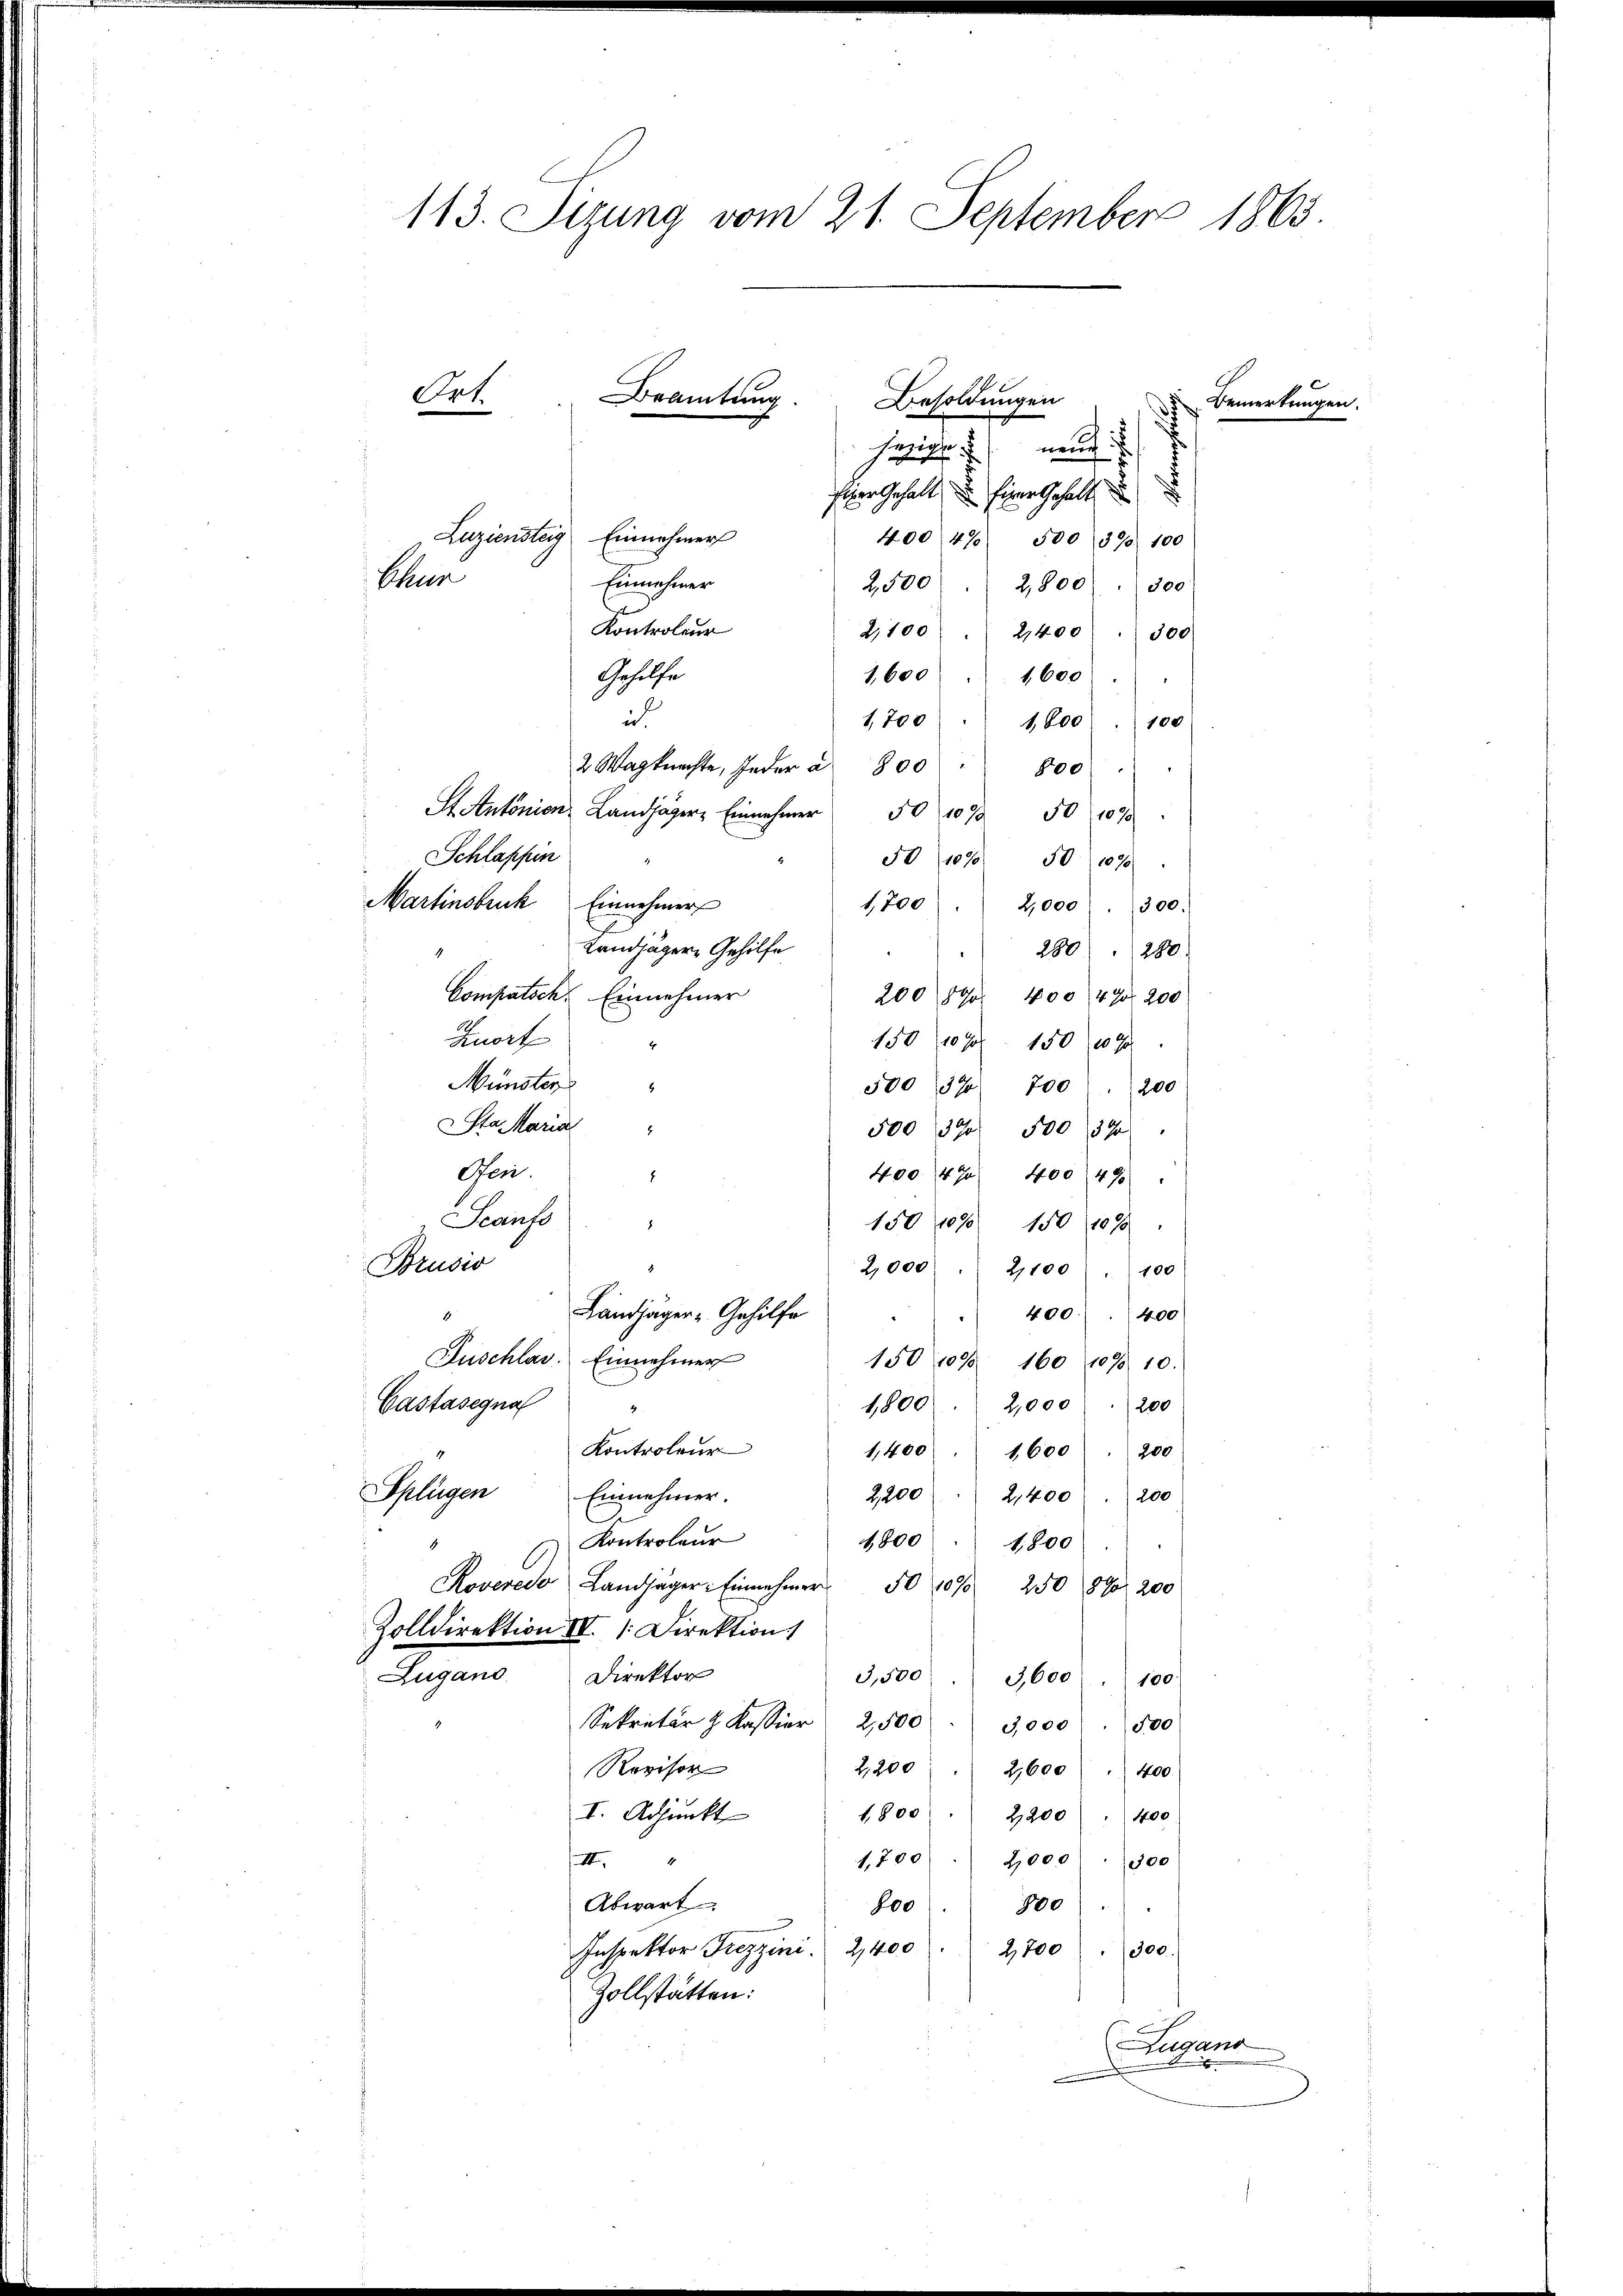
113. Sizung vom 21. September 1863.
Ort.
Beamtung.
Besoldungen
 Bemerkungen.
nen:
hezige

Eier Gehalt u. Einer Gehalt
Luziensteig Einnehmer
400 470 500 370. 100
Chun
Einnehmer
2,500
2,800
300
Kontroleur
2,100 " 2400 " 300
Gehilfe
1,600  1600
i
100
1,700 : 1,600
2 Wagkrachte, Inder a 800 " 800
St. Antonion Landjäger Einnehmer 50 1093 50 1890
Schlaffin
50 (1090 50 (1090
Martinsbruck Einnehmer
1,700
2,000. 300.
Landjäger Gehilfe
280 280
Compatsch. Einnehmer
200 890. 400 47. 200
Fort
150 (10 f 150 (1090
4
Münster
50032 700) 200
Sta Maria
500 390 500 (39
Gen.
400 470 400 (490
1
Scanfs
150 1898 150 (1098
Brusio
2,000 " 2100 " 100
400. 400
Landjäger - Gehilfe
Juschlar. Einnehmer
150107 160, 1098. 10.
Castasegna
2,000 200
1,800
Kontroleur
1,400
1,600
200
Splügen
Einnehmer.
2,200 " 2,400. 200
Kontroleur
1,800 " 1800
e
Roveres Landjäger: Einnahmer
50 1070 250 890. 200
Zolldirektion IV. Direktion
Zugano. Direktor
3,500 3,600 " 100.
Sekretär z. Kassier 2,500
500
3,000
2,200
Revisor
2,600
400
I. Adjunkt
1,800 " " 2200 " 400
1,700 2,000 : 300
ett
Abwart
100
800
Inspektor Freyzini. 2400 " 2,700 " 300.
Zollstätten:
Lugan